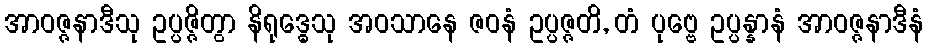
အာဝဇ္ဇနာဒီသု ဥပ္ပဇ္ဇိတွာ နိရုဒ္ဓေသု အဝသာနေ ဇဝနံ ဥပ္ပဇ္ဇတိ, တံ ပုဗ္ဗေ ဥပ္ပန္နာနံ အာဝဇ္ဇနာဒီနံ